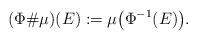
LaTeX: \begin{align*}(\Phi\# \mu)(E) := \mu\bigl(\Phi^{-1}(E)\bigr).\end{align*}